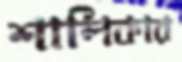
শালিকার